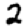
Digit: 2